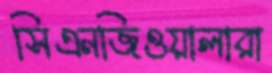
সিএনজিওয়ালারা